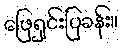
ဖြေရှင်းပြခန်း။